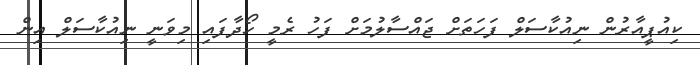
ކިއުޕީއާރުން ނިއުކާސަލް ފަހަތަށް ޖައްސާލުމަށް ފަހު ރެމީ ހޯދާފައި މިވަނީ ނިއުކާސަލް އިން